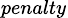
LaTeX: _{penalty}